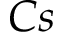
C s